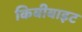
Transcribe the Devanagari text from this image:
किबीबाइट